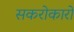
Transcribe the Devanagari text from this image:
सकरोकारों